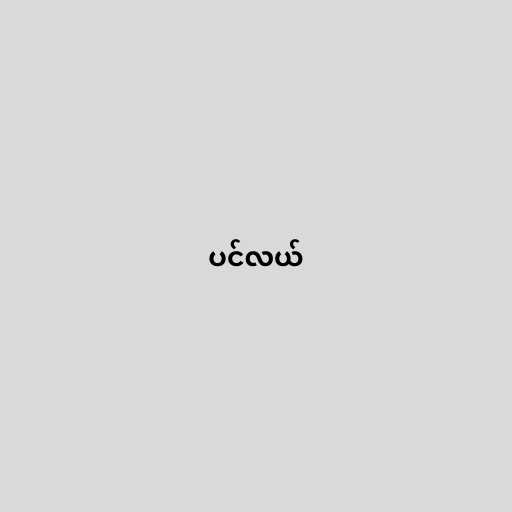
ပင်လယ်